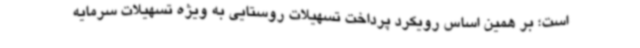
است؛ بر همین اساس رویکرد پرداخت تسهیلات روستایی به ویژه تسهیلات سرمایه